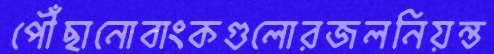
পৌঁছানোবাংকগুলোরজলনিয়ন্ত